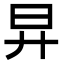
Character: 㫒